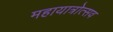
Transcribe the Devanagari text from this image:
महायात्रोत्सव